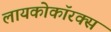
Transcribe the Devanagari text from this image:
लायकोकॉरक्स